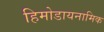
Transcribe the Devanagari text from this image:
हिमोडायनामिक